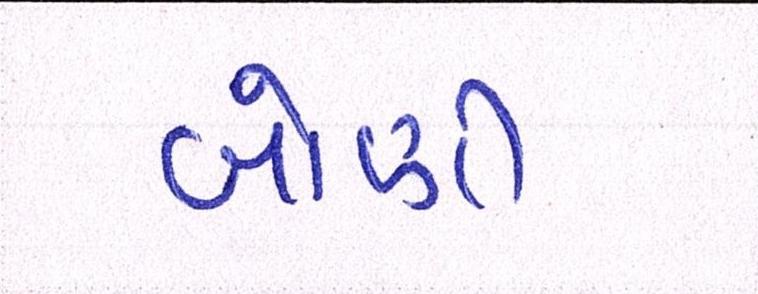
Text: બોણી